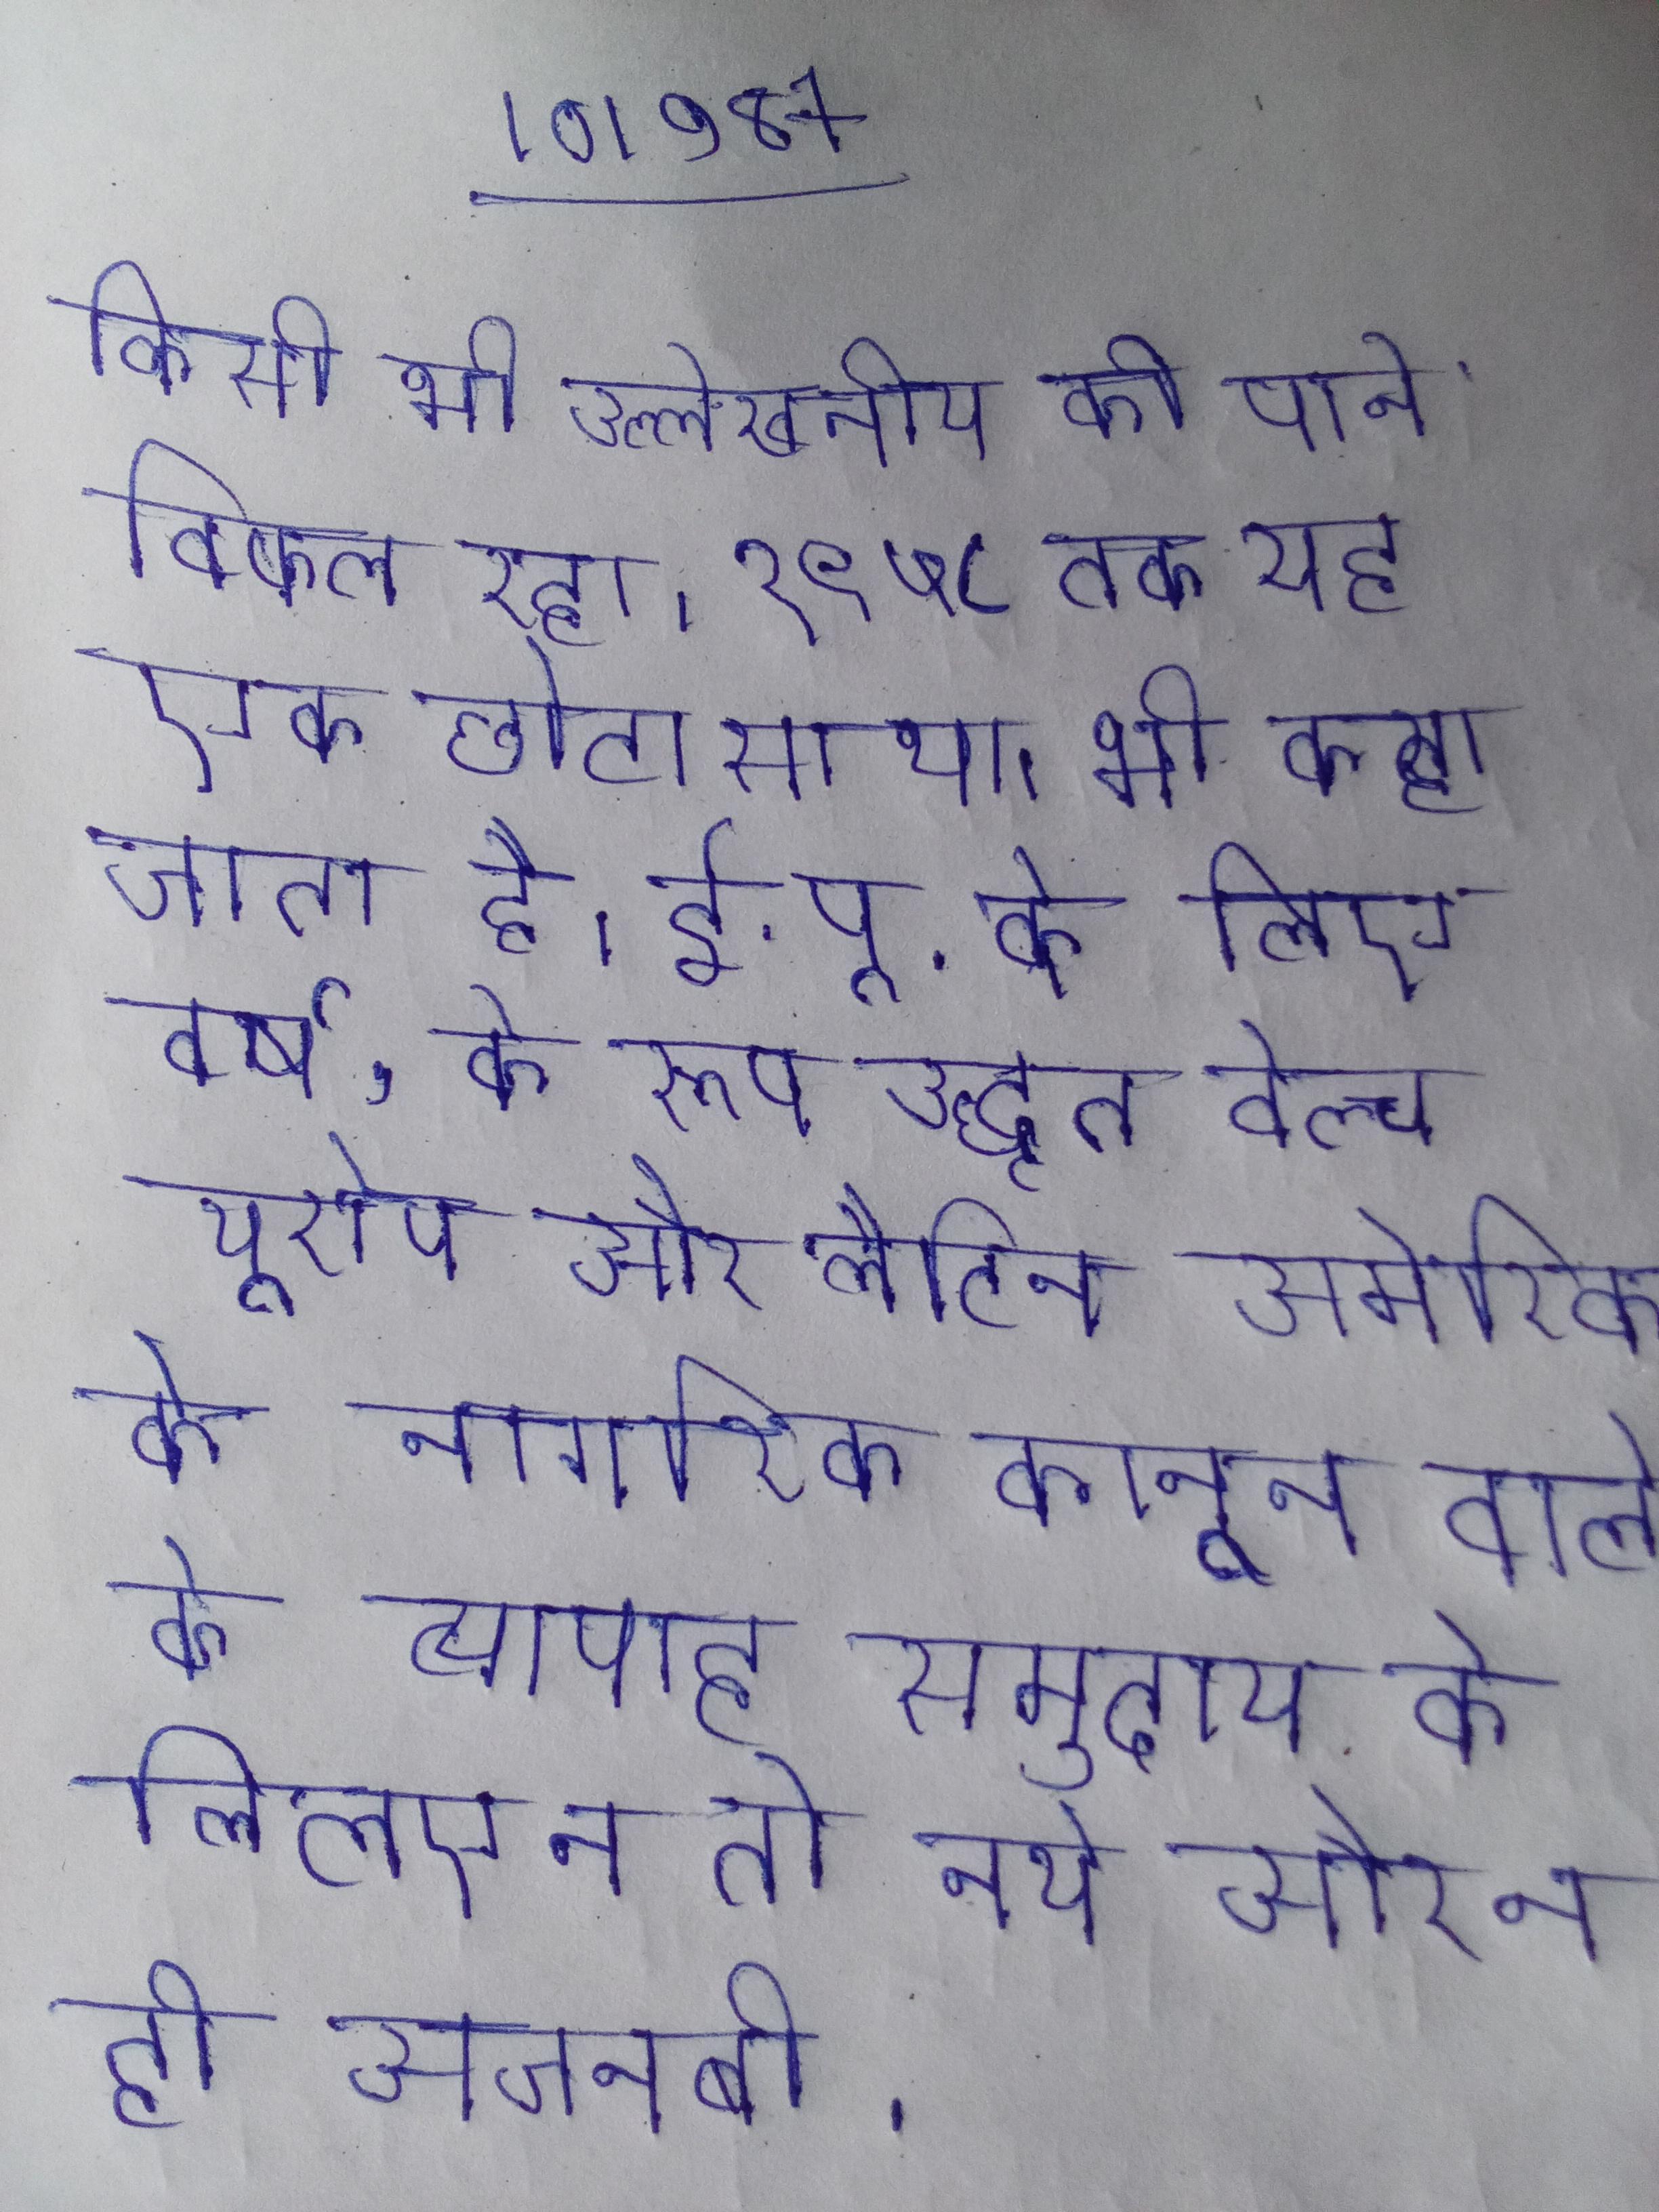
किसी भी उल्लेखनीय उपयोगकर्ता आधार को पाने विफल रहा । १९५८ तक यह एक छोटा सा था । भी कहा जाता है । ई.पू. के लिए वर्ष, के रूप उद्धृत वेल्च . यूरोप और लैटिन अमेरिका के नागरिक कानून वाले के व्यापार समुदाय के लिए न तो नये और न ही अजनबी .